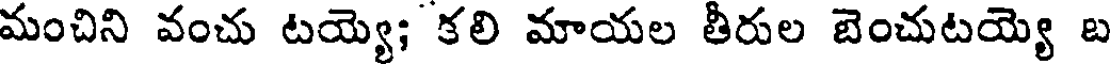
మంచిని వంచు టయ్యె; కలి మాయల తీరుల బెంచుటయ్యె బ